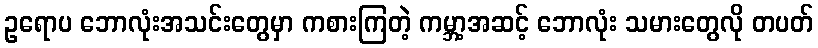
ဥရောပ ဘောလုံးအသင်းတွေမှာ ကစားကြတဲ့ ကမ္ဘာ့အဆင့် ဘောလုံး သမားတွေလို တပတ်